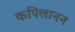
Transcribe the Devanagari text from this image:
कपिलानन